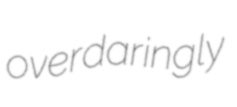
overdaringly